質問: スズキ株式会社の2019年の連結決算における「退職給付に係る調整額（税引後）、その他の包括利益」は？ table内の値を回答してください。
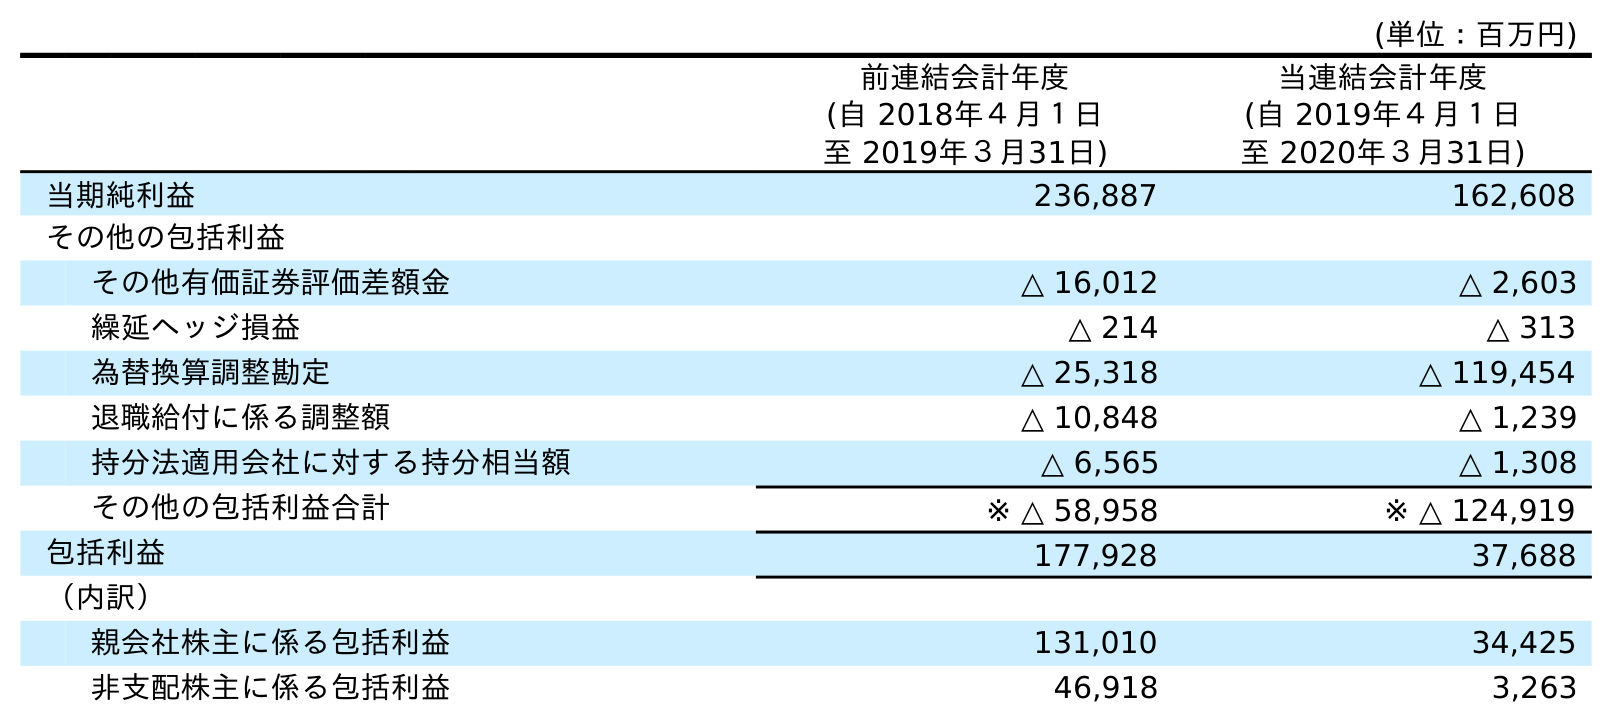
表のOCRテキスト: (単位：百万円) 前連結会計年度 (自 2018年４月１日 至 2019年３月31日) 当連結会計年度 (自 2019年４月１日 至 2020年３月31日) 当期純利益 236,887 162,608 その他の包括利益 その他有価証券評価差額金 △ 16,012 △ 2,603 繰延ヘッジ損益 △ 214 △ 313 為替換算調整勘定 △ 25,318 △ 119,454 退職給付に係る調整額 △ 10,848 △ 1,239 持分法適用会社に対する持分相当額 △ 6,565 △ 1,308 その他の包括利益合計 ※ △ 58,958 ※ △ 124,919 包括利益 177,928 37,688 （内訳） 親会社株主に係る包括利益 131,010 34,425 非支配株主に係る包括利益 46,918 3,263
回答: △10,848